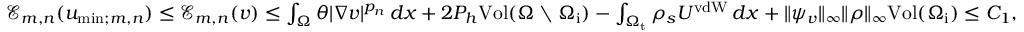
\begin{array} { r } { \mathcal { E } _ { m , n } ( u _ { \mathrm { m i n } ; m , n } ) \leq \mathcal { E } _ { m , n } ( v ) \leq \int _ { \Omega } \theta | \nabla v | ^ { p _ { n } } \, d x + 2 P _ { h } \mathrm { V o l } ( \Omega \setminus \Omega _ { \mathrm { i } } ) - \int _ { \Omega _ { \mathrm { t } } } \rho _ { s } U ^ { \mathrm { v d W } } \, d x + \| \psi _ { v } \| _ { \infty } \| \rho \| _ { \infty } \mathrm { V o l } ( \Omega _ { \mathrm { i } } ) \leq C _ { 1 } , } \end{array}